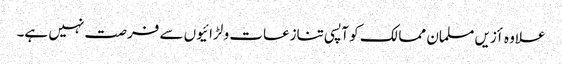
علاوہ أزیں مسلمان ممالک کو آپسی تنازعات و لڑائیوں سے فرصت نہیں ہے۔